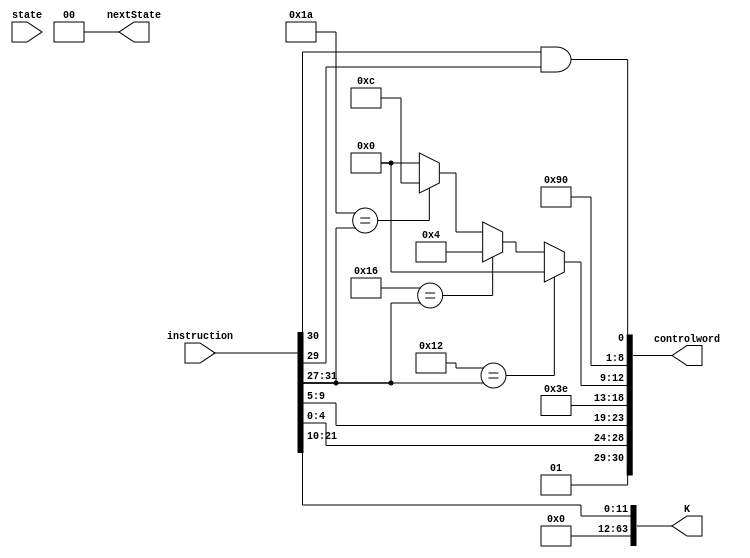
module I_logic ( instruction, state, controlword, nextState, K); 
   output [30:0] controlword;
	output [1:0] nextState; 
	output [63:0] K;
	input [31:0] instruction;  
	input [1:0] state; 
	
	wire [1:0] Psel;
   wire [4:0] DA, SA, SB, Fsel;
	wire regW, ramW, EN_MEM, EN_ALU, EN_B, EN_PC, Bsel, PCsel, SL; 
	
	assign Psel = 2'b01; 
	assign DA = instruction [4:0];
	assign SA = instruction [9:5];  
	assign SB = 5'b11111; // dont care // we are only using on register  
	assign Fsel = 5'b10010 == instruction [31:27] ? 5'b00000:
						5'b10110 == instruction [31:27] ? 5'b00100:
						5'b11010 == instruction [31:27] ? 5'b01100:5'b00000;
						
	assign regW = 1'b1;  
	assign ramW = 1'b0; 
	assign EN_MEM = 1'b0; 
	assign EN_ALU = 1'b1; 
	assign EN_B = 1'b0;
	assign EN_PC = 1'b0; 
	assign Bsel = 1'b0;  
	assign PCsel = 1'b0; 
	assign SL = instruction[30] & instruction[29];  
	
   assign K = {{52 {1'b0}}, instruction [21:10]}; // this is for the 12 bit immediate 
	assign controlword = {Psel, DA, SA, SB, Fsel, regW, ramW, EN_MEM, EN_ALU, EN_B, EN_PC, Bsel, PCsel, SL};
	
	assign nextState = 2'b00;  
	
endmodule